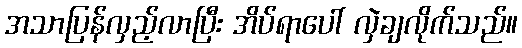
အသာပြန်လှည့်လာပြီး အိပ်ရာပေါ် လှဲချလိုက်သည်။